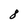
Character: 8